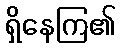
ရှိနေကြ၏